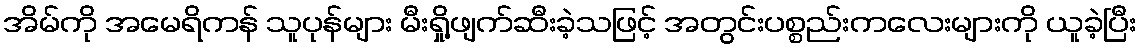
အိမ်ကို အမေရိကန် သူပုန်များ မီးရှို့ဖျက်ဆီးခဲ့သဖြင့် အတွင်းပစ္စည်းကလေးများကို ယူခဲ့ပြီး